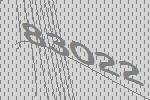
83022